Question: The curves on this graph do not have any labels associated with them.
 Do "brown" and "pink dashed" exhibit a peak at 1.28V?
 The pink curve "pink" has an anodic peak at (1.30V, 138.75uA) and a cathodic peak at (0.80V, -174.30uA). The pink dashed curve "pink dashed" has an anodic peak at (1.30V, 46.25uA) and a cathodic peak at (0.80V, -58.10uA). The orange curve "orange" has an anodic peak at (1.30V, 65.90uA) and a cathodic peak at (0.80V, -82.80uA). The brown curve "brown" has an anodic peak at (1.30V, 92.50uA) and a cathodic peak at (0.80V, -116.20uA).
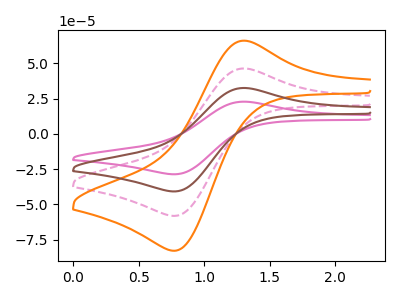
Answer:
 <answer>Yes, "brown" and "pink dashed" share a peak at 1.28V.</answer>
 <eval>match</eval>